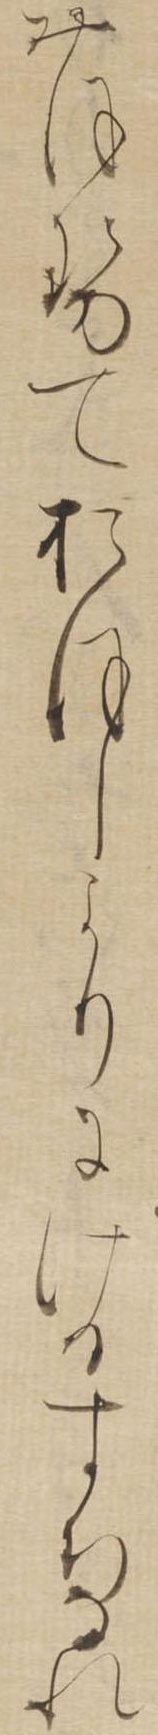
おほせておほしよりにけるすちなれ